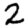
Digit: 2